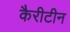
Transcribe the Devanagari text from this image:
कैरीटीन